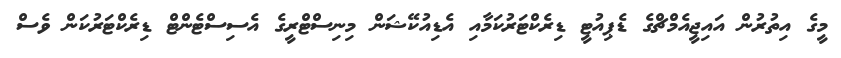
މީގެ އިތުރުން އައިޖީއެމްޗްގެ ޑެޕިއުޓީ ޑިރެކްޓަރުކަމާއި އެޑިއުކޭޝަން މިނިސްޓްރީގެ އެސިސްޓެންޓް ޑިރެކްޓަރުކަން ވެސް